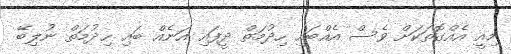
މިއީ އެއްގޮތަކަށް ވެސް އެއްބައި ހިދުމަތް ދީފައި އަނެއް ބައި ހިދުމަތް ނުލިބޭ